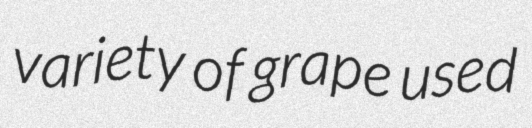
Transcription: variety of grape used